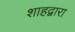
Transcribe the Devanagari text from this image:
शाहद्वारा